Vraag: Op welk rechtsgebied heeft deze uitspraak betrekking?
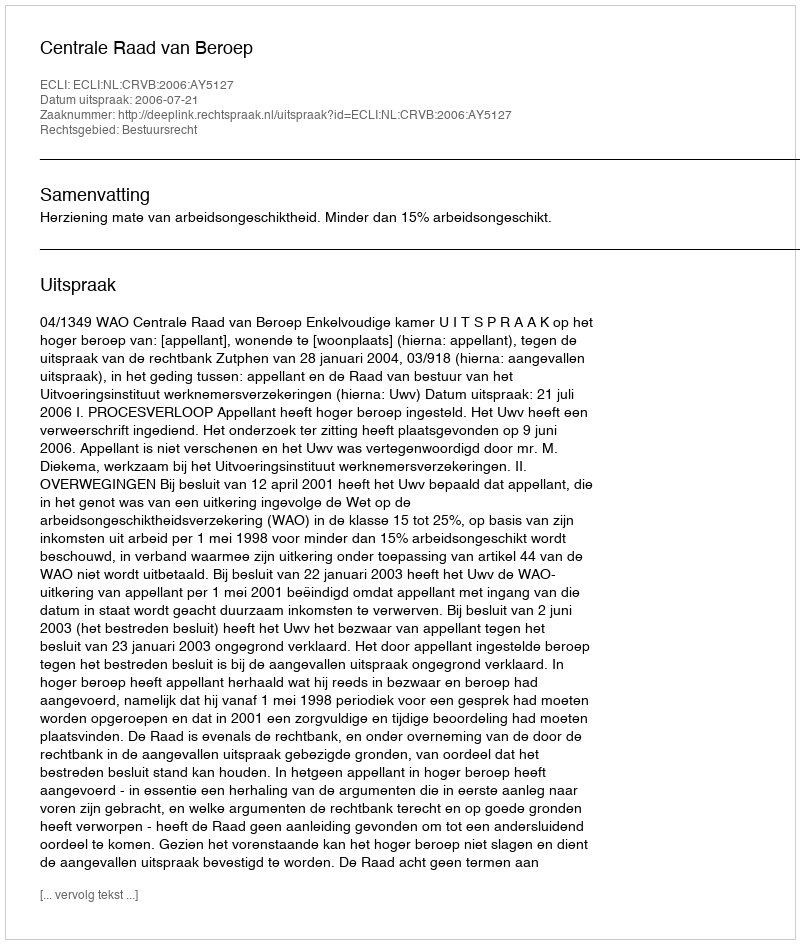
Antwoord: Bestuursrecht